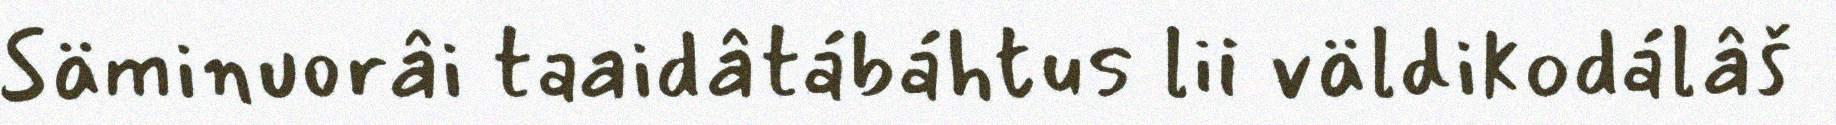
Säminuorâi taaidâtábáhtus lii väldikodálâš